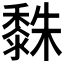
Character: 𪏿